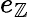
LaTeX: e_{\mathbb{Z}}